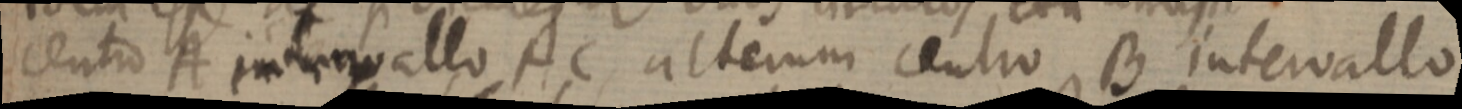
centro A intervallo AC, alterum centro B intervallo